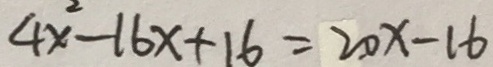
4 x ^ { 2 } - 1 6 x + 1 6 = 2 0 x - 1 6